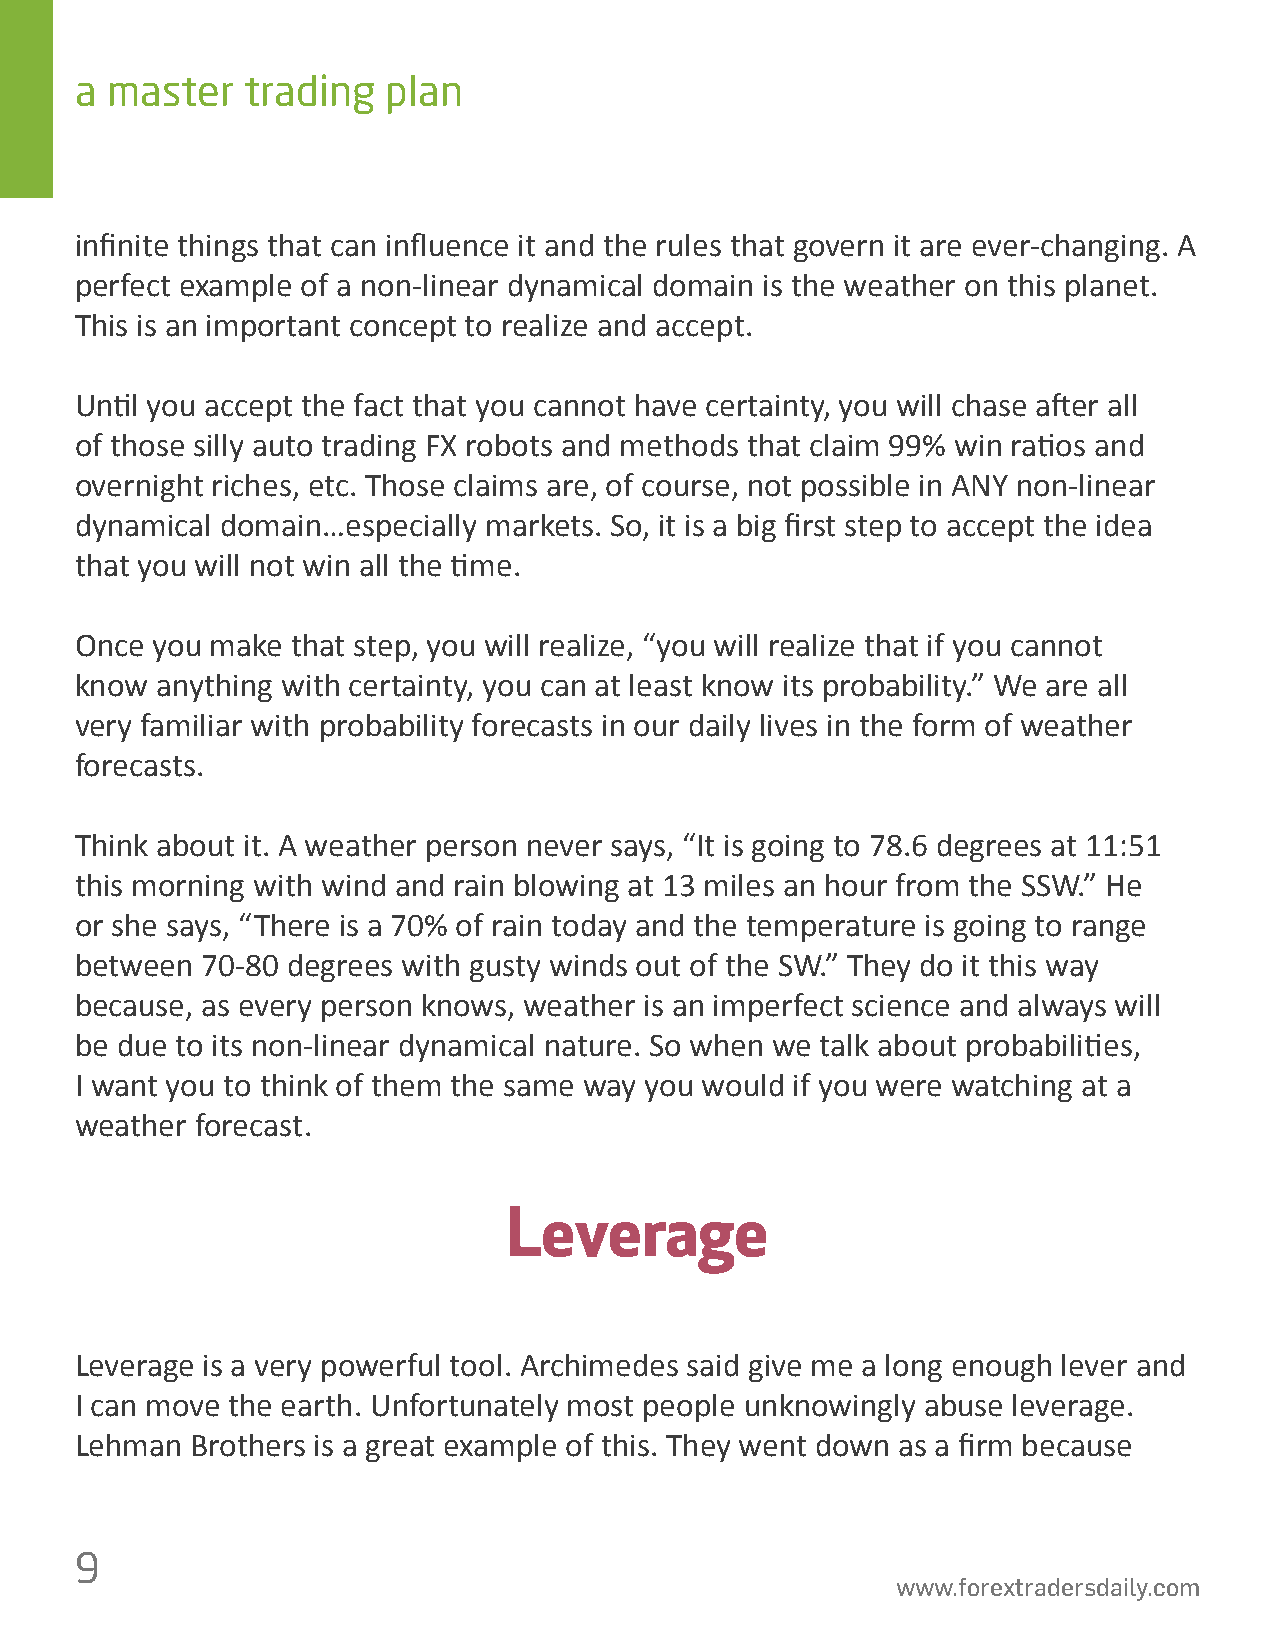
a master   trading   plan
 in昀椀nite things that can in昀氀uence it and the rules that govern it are ever-changing. A
 perfect example of a non-linear dynamical domain is the weather on this planet.
 This is an important concept to realize and accept.
 Un琀椀l you accept the fact that you cannot have certainty, you will chase a昀琀er all
 of those silly auto trading FX robots and methods that claim 99% win ra琀椀os and
 overnight riches, etc. Those claims are, of course, not possible in ANY non-linear
 dynamical domain…especially markets. So, it is a big 昀椀rst step to accept the idea
 that you will not win all the 琀椀me.
 Once you make that step, you will realize, “you will realize that if you cannot
 know anything with certainty, you can at least know its probability.” We are all
 very familiar with probability forecasts in our daily lives in the form of weather
 forecasts.
 Think about it. A weather person never says, “It is going to 78.6 degrees at 11:51
 this morning with wind and rain blowing at 13 miles an hour from the SSW.” He
 or she says, “There is a 70% of rain today and the temperature is going to range
 between 70-80 degrees with gusty winds out of the SW.” They do it this way
 because, as every person knows, weather is an imperfect science and always will
 be due to its non-linear dynamical nature. So when we talk about probabili琀椀es,
 I want you to think of them the same way you would if you were watching at a
 weather forecast.
 Leverage
 Leverage is a very powerful tool. Archimedes said give me a long enough lever and
 I can move the earth. Unfortunately most people unknowingly abuse leverage.
 Lehman  Brothers is a great example of this. They went down as a 昀椀rm because
 9
 www.forextradersdaily.com